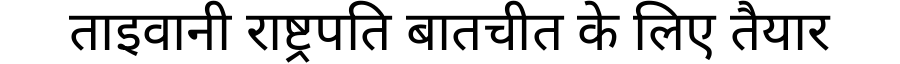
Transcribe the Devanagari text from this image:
ताइवानी राष्ट्रपति बातचीत के लिए तैयार